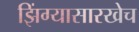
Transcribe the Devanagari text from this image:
झिंग्यासारखेच